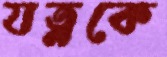
যত্নকে